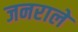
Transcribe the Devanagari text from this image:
जनराले